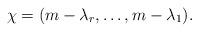
LaTeX: \begin{align*}\chi=(m-\lambda_r,\ldots,m-\lambda_1).\end{align*}